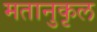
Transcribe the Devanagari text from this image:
मतानुकृल